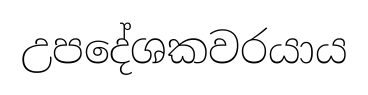
උපදේශකවරයාය